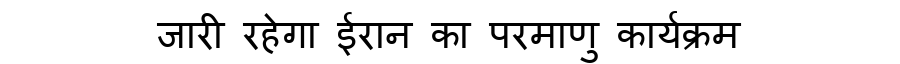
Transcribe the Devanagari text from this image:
जारी रहेगा ईरान का परमाणु कार्यक्रम